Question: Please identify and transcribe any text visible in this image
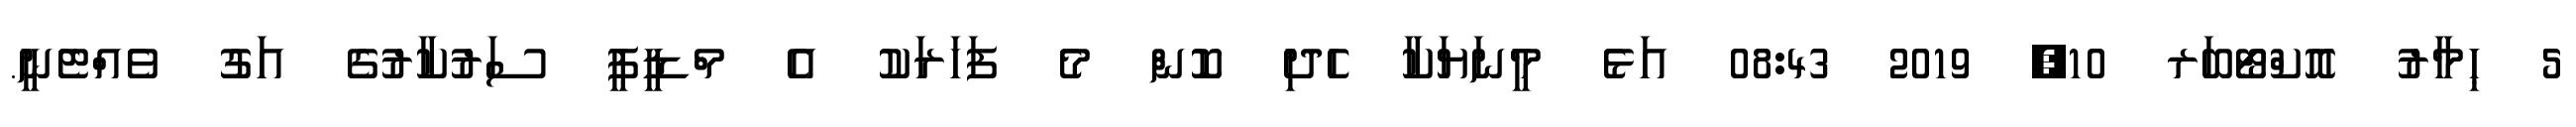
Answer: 5 ޙިމާރު އޮކްޓޯބަރ 10, 2019 08:43 އަޅެ މީނަޔަކާ ހެދި ކޮން މެ ފަހަރަކު އެ މްޑީޕީ ސަރުކާރުގެ އަގު ވެއްޓެނީ.